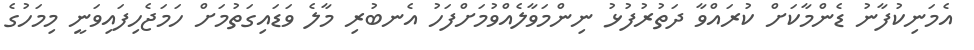
އެމަނިކުފާނު ޑެންމާކަށް ކުރައްވާ ދަތުރުފުޅު ނިންމަވާލެއްވުމަށްފަހު އެނބުރި މާލެ ވަޑައިގަތުމަށް ހަމަޖެހިފައިވަނީ މިމަހުގެ